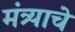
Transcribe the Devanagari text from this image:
मंत्र्याचे